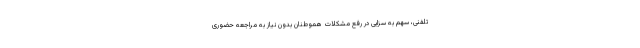
تلفنی، سهم به سزایی در رفع مشکلات هموطنان بدون نیاز به مراجعه حضوری